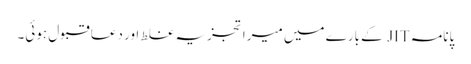
پانامہ JIT کے بارے میں میرا تجزیہ غلط اور دعا قبول ہوئی۔